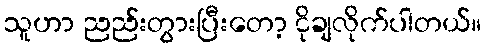
သူဟာ ညည်းတွားပြီးတော့ ငိုချလိုက်ပါတယ်။